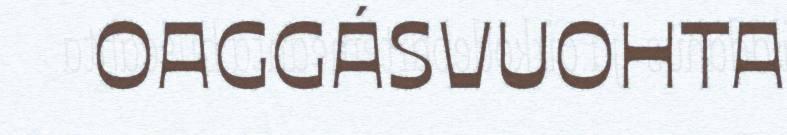
OAGGÁSVUOHTA